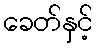
ခေတ်နှင့်